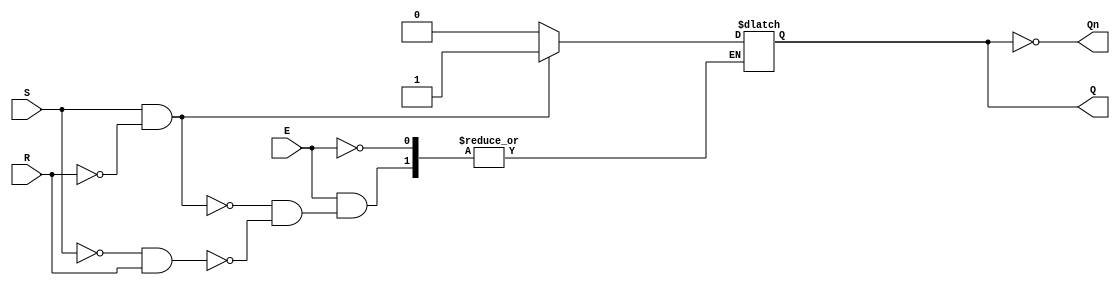
module Gated_SRLatch (
    input wire S,      // Set input
    input wire R,      // Reset input
    input wire E,      // Enable input
    output reg Q,      // Output Q
    output wire Qn     // Complementary output Q'
);

// Complementary output
assign Qn = ~Q;

// Latch operation
always @(E or S or R) begin
    if (E) begin
        if (S && !R) begin
            Q <= 1'b1;  // Set state
        end else if (!S && R) begin
            Q <= 1'b0;  // Reset state
        end 
        // If S and R are both 1, maintain the current state (No change)
    end
    // If E is 0, retain the current state (no change)
end

endmodule